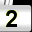
Digit: 2